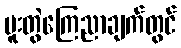
ပူးတွဲကြေညာချက်တွင်